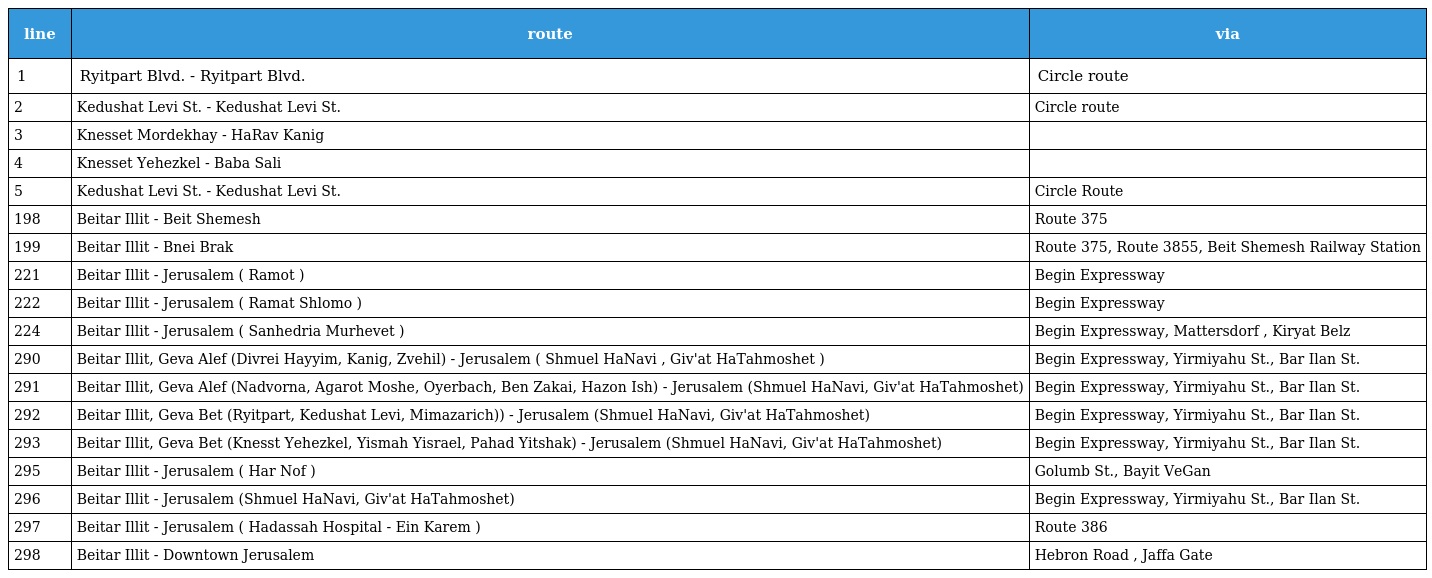
| line | route | via |
 | --- | --- | --- |
 | 1 | Ryitpart Blvd. - Ryitpart Blvd. | Circle route |
 | 2 | Kedushat Levi St. - Kedushat Levi St. | Circle route |
 | 3 | Knesset Mordekhay - HaRav Kanig |  |
 | 4 | Knesset Yehezkel - Baba Sali |  |
 | 5 | Kedushat Levi St. - Kedushat Levi St. | Circle Route |
 | 198 | Beitar Illit - Beit Shemesh | Route 375 |
 | 199 | Beitar Illit - Bnei Brak | Route 375, Route 3855, Beit Shemesh Railway Station |
 | 221 | Beitar Illit - Jerusalem ( Ramot ) | Begin Expressway |
 | 222 | Beitar Illit - Jerusalem ( Ramat Shlomo ) | Begin Expressway |
 | 224 | Beitar Illit - Jerusalem ( Sanhedria Murhevet ) | Begin Expressway, Mattersdorf , Kiryat Belz |
 | 290 | Beitar Illit, Geva Alef (Divrei Hayyim, Kanig, Zvehil) - Jerusalem ( Shmuel HaNavi , Giv'at HaTahmoshet ) | Begin Expressway, Yirmiyahu St., Bar Ilan St. |
 | 291 | Beitar Illit, Geva Alef (Nadvorna, Agarot Moshe, Oyerbach, Ben Zakai, Hazon Ish) - Jerusalem (Shmuel HaNavi, Giv'at HaTahmoshet) | Begin Expressway, Yirmiyahu St., Bar Ilan St. |
 | 292 | Beitar Illit, Geva Bet (Ryitpart, Kedushat Levi, Mimazarich)) - Jerusalem (Shmuel HaNavi, Giv'at HaTahmoshet) | Begin Expressway, Yirmiyahu St., Bar Ilan St. |
 | 293 | Beitar Illit, Geva Bet (Knesst Yehezkel, Yismah Yisrael, Pahad Yitshak) - Jerusalem (Shmuel HaNavi, Giv'at HaTahmoshet) | Begin Expressway, Yirmiyahu St., Bar Ilan St. |
 | 295 | Beitar Illit - Jerusalem ( Har Nof ) | Golumb St., Bayit VeGan |
 | 296 | Beitar Illit - Jerusalem (Shmuel HaNavi, Giv'at HaTahmoshet) | Begin Expressway, Yirmiyahu St., Bar Ilan St. |
 | 297 | Beitar Illit - Jerusalem ( Hadassah Hospital - Ein Karem ) | Route 386 |
 | 298 | Beitar Illit - Downtown Jerusalem | Hebron Road , Jaffa Gate |